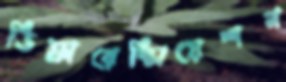
ডিফারেন্সিয়েশন